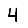
Digit: 4